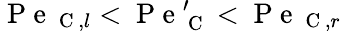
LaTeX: \mathrm{~P~e~}_{\mathrm{~C~},l}<\mathrm{~P~e~}_{\mathrm{~C~}}^{\prime}<\mathrm{~P~e~}_{\mathrm{~C~},r}